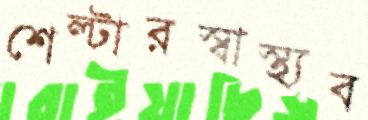
শেল্টারস্বাস্থ্যব